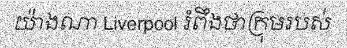
យ៉ាងណា Liverpool រំពឹងថាក្រុមរបស់